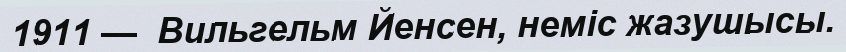
1911 —  Вильгельм Йенсен, неміс жазушысы.